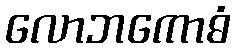
လောဘကောဓံ